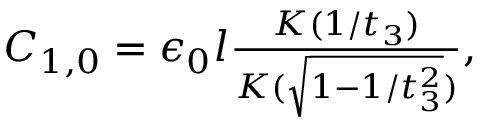
\begin{array} { r } { C _ { 1 , 0 } = \epsilon _ { 0 } l \frac { K ( 1 / t _ { 3 } ) } { K ( \sqrt { 1 - 1 / t _ { 3 } ^ { 2 } } ) } , } \end{array}